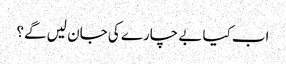
اب کیا بے چارے کی جان لیں گے؟